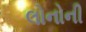
લોનોની